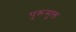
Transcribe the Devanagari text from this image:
पुरूसुक्त